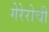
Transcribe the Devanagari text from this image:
गेरेरोची